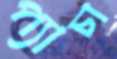
প্যাচা